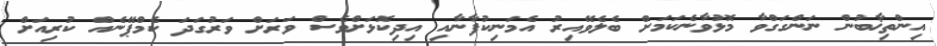
އިންތިޚާބުން ނަންގަގްވާ މޮޅުވާނެކަމަށް ބެލެވޭއިރު އެމަނިކުފާނާއި އިދިކޮޅަށްވެސް ވަރަށް ވަރުގަދަ ކެމްޕޭނެއް ކުރިއަށް